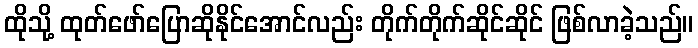
ထိုသို့ ထုတ်ဖော်ပြောဆိုနိုင်အောင်လည်း တိုက်တိုက်ဆိုင်ဆိုင် ဖြစ်လာခဲ့သည်။